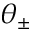
\theta _ { \pm }